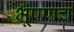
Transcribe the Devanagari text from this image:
भूषणच